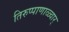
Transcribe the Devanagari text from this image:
तिरुप्पाणाळ्वार्